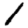
Digit: 1